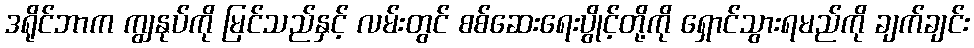
ဒရိုင်ဘာက ကျွနုပ်ကို မြင်သည်နှင့် လမ်းတွင် စစ်ဆေးရေးပွိုင့်တို့ကို ရှောင်သွားရမည်ကို ချက်ချင်း